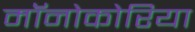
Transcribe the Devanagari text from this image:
मॉनोकोरिया